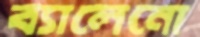
ব্যালেনো